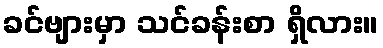
ခင်ဗျားမှာ သင်ခန်းစာ ရှိလား။